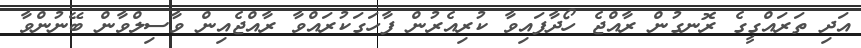
އަދި ތަރައްގީގެ ރޮނގުން ރާއްޖެ ހޯދާފައިވާ ކުރިއެރުން ފާހަގަކުރައްވާ ރާއްޖެއިން ވާސިލްވާން ބޭނުންވާ